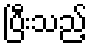
ပြီးသည့်